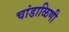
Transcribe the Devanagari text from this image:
चांडाळिणी